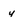
Character: y